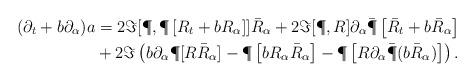
LaTeX: \begin{align*}(\partial_t + b\partial_\alpha)a&= 2\Im [\P,\P\left[R_t + bR_\alpha\right]]\bar R_\alpha + 2\Im [\P,R]\partial_\alpha\bar\P\left[\bar R_t + b\bar R_\alpha\right]\\&+ 2\Im\left(b\partial_\alpha\P[R\bar R_\alpha] - \P\left[bR_\alpha\bar R_\alpha\right] - \P\left[R\partial_\alpha\bar \P(b\bar R_\alpha)\right]\right).\end{align*}